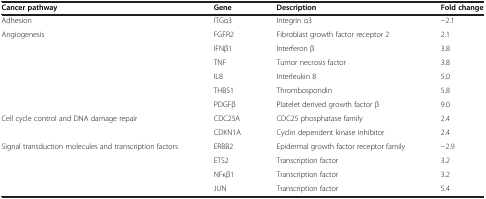
<table><thead><tr><td><b>Cancer pathway</b></td><td><b>Gene</b></td><td><b>Description</b></td><td><b>Fold change</b></td></tr></thead><tbody><tr><td>Adhesion</td><td>ITGα3</td><td>Integrin α3</td><td>-2.1</td></tr><tr><td rowspan="6">Angiogenesis</td><td>FGFR2</td><td>Fibroblast growth factor receptor 2</td><td>2.1</td></tr><tr><td>IFNβ1</td><td>Interferon β</td><td>3.8</td></tr><tr><td>TNF</td><td>Tumor necrosis factor</td><td>3.8</td></tr><tr><td>IL8</td><td>Interleukin 8</td><td>5.0</td></tr><tr><td>THBS1</td><td>Thrombospondin</td><td>5.8</td></tr><tr><td>PDGFβ</td><td>Platelet derived growth factor β</td><td>9.0</td></tr><tr><td rowspan="2">Cell cycle control and DNA damage repair</td><td>CDC25A</td><td>CDC25 phosphatase family</td><td>2.4</td></tr><tr><td>CDKN1A</td><td>Cyclin dependent kinase inhibitor</td><td>2.4</td></tr><tr><td rowspan="4">Signal transduction molecules and transcription factors</td><td>ERBB2</td><td>Epidermal growth factor receptor family</td><td>-2.9</td></tr><tr><td>ETS2</td><td>Transcription factor</td><td>3.2</td></tr><tr><td>NFκβ1</td><td>Transcription factor</td><td>3.2</td></tr><tr><td>JUN</td><td>Transcription factor</td><td>5.4</td></tr></tbody></table>